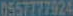
0557777924